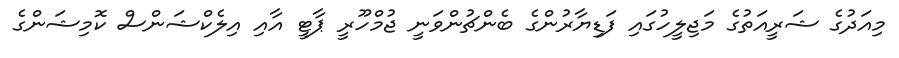
މިއަދުގެ ޝަރީއަތުގެ މަޖިލީހުގައި ފަޑިޔާރުންގެ ބެންޗުންވަނީ ޖުމްހޫރީ ޕާޓީ އާއި އިލެކްޝަންސް ކޮމިޝަންގެ